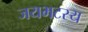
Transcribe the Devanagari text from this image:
जयभटस्य